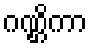
ဂဏ္ဌိကာ